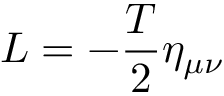
L = - \frac T 2 \eta _ { \mu \nu }